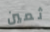
ثمين